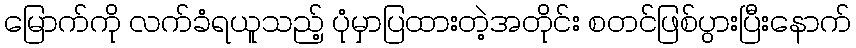
မြောက်ကို လက်ခံရယူသည့် ပုံမှာပြထားတဲ့အတိုင်း စတင်ဖြစ်ပွားပြီးနောက်